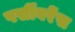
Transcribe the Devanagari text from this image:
पर्सीवरेंस